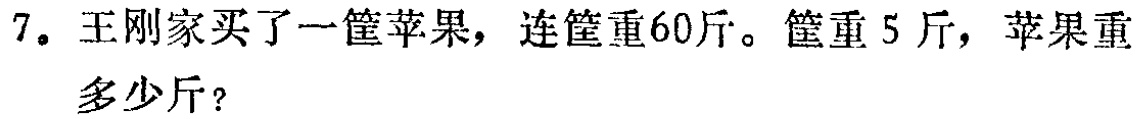
7. 王刚家买了一筐苹果，连筐重60斤。筐重5 斤，苹果重多少斤？